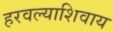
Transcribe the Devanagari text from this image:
हरवल्याशिवाय